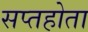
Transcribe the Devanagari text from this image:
सप्तहोता